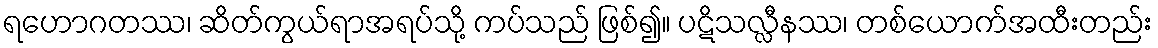
ရဟောဂတဿ၊ ဆိတ်ကွယ်ရာအရပ်သို့ ကပ်သည် ဖြစ်၍။ ပဋိသလ္လီနဿ၊ တစ်ယောက်အထီးတည်း